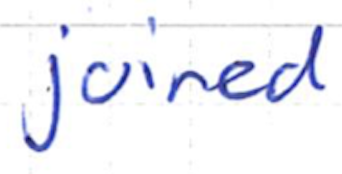
Text: joined
Cross-out: clean
Writing tool: ballpoint